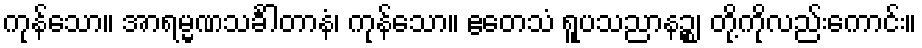
ကုန်သော။ အာရမ္မဏသင်္ခါတာနံ၊ ကုန်သော။ ဧတေသံ ရူပသညာနဉ္စ၊ တို့ကိုလည်းကောင်း။